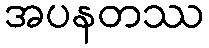
အပနတဿ